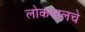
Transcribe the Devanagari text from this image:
लोकपालचे